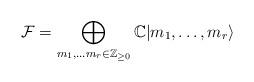
LaTeX: \begin{align*}\mathcal{F}=\bigoplus_{m_{1}, \ldots m_{r} \in \mathbb{Z}_{\ge 0}}\mathbb{C} | m_{1}, \ldots , m_{r} \rangle\end{align*}